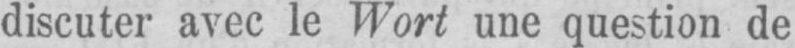
discuter avec le Wort une question de